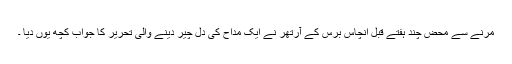
مرنے سے محض چند ہفتے قبل انچاس برس کے آرتھر نے ایک مداح کی دل چیر دینے والی تحریر کا جواب کچھ یوں دیا ۔